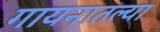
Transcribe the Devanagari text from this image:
गायनातल्या